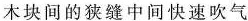
木块间的狭缝中间快速吹气